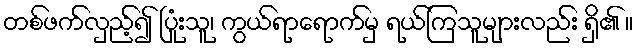
တစ်ဖက်လှည့်၍ ပြုံးသူ၊ ကွယ်ရာရောက်မှ ရယ်ကြသူများလည်း ရှိ၏ ။